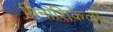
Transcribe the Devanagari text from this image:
विनाशिकेला